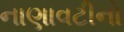
નાણાવટીનો